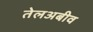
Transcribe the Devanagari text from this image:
तेलअबीव